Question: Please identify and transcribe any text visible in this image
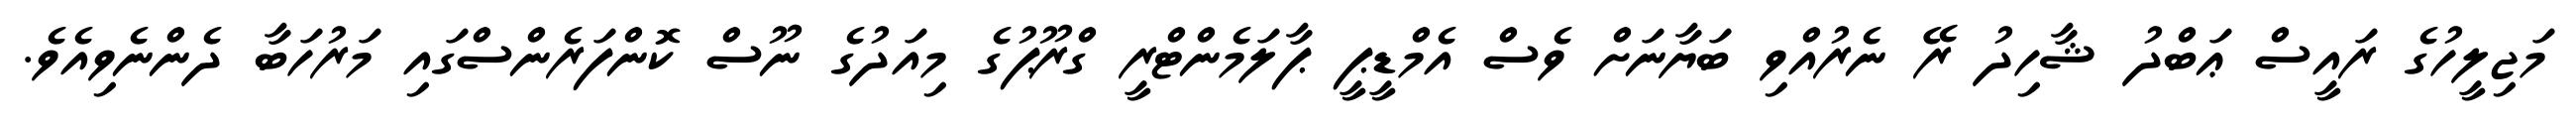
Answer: މަޖިލީހުގެ ރައީސް ޢަބްދު ޝާހިދު ރޭ ނެރުއްވި ބަޔާނަށް ވެސް އެމްޑީޕީ ޕާލަމެންޓްރީ ގްރޫޕުގެ މިއަދުގެ ނޫސް ކޮންފަރެންސްގައި މަރުހަބާ ދެންނެވިއެވެ.